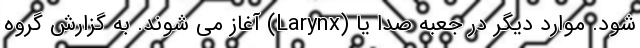
شود. موارد دیگر در جعبه صدا یا (Larynx) آغاز می شوند. به گزارش گروه